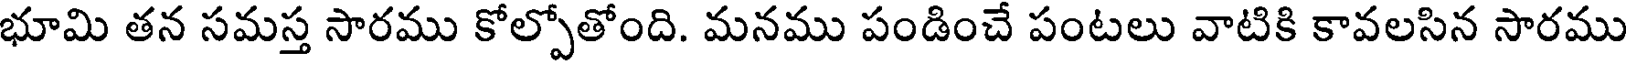
భూమి తన సమస్త సారము కోల్పోతోంది. మనము పండించే పంటలు వాటికి కావలసిన సారము